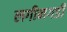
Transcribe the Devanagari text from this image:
लगीनगडी